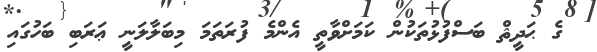
ގެ ޙަދީޘް ބަސްފުޅުތަކުން ކަމަށްވާތީ އެންމެ ފުރަތަމަ މިބަލާލަނީ ޢަރަބި ބަހުގައި